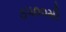
૭૫૦૦મી